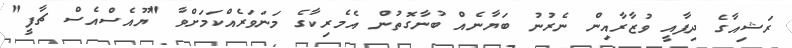
ރަޝިއާގެ ދިފާއީ ވުޒާރާއިން ނެރުނު ބަޔާނެއް ބުނާގޮތުން އެމެރިކާގެ މަނަވަރެއްކަމަށްވާ "ޔޫއެސްއެސް ޗާފީ"